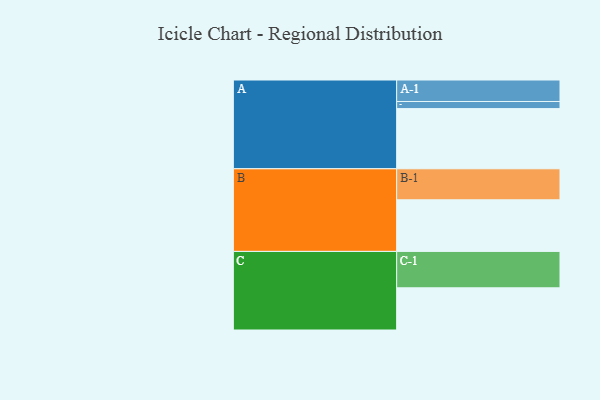
{"axis": {"x": "Segment", "y": "Value"}, "legend": ["", "A", "B", "C"], "data": [{"x": "A", "y": 448, "type": ""}, {"x": "B", "y": 384, "type": ""}, {"x": "C", "y": 314, "type": ""}, {"x": "A-1", "y": 160, "type": "A"}, {"x": "A-2", "y": 53, "type": "A"}, {"x": "B-1", "y": 231, "type": "B"}, {"x": "C-1", "y": 271, "type": "C"}]}